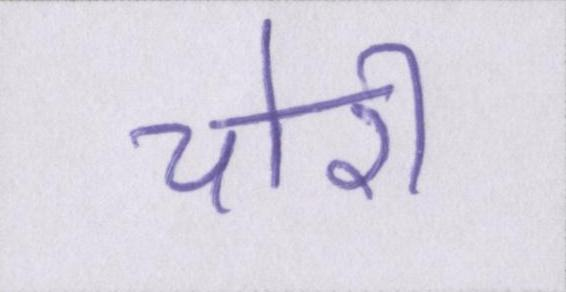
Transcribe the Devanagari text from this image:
चोरी